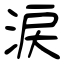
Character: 涙